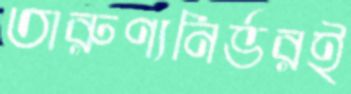
তারুণ্যনির্ভরই